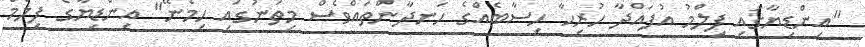
''އިންޑިޔާގައި ފިލްމު އުފައްދާ ހުރިހާ ހިސާބެއްގެ ހަނދާންތައްވެސް މިތަނުގައި ހިމެނޭ" އިންޑިޔާގެ ފިލްމް